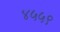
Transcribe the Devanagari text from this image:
४५५९